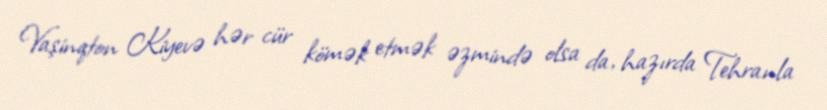
Vaşinqton Kiyevə hər cür kömək etmək əzmində olsa da, hazırda Tehranla